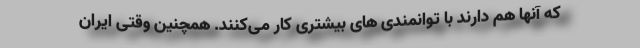
که آنها هم دارند با توانمندی های بیشتری کار می‌کنند. همچنین وقتی ایران